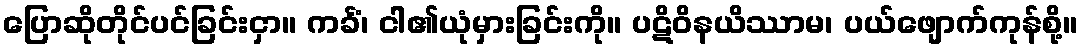
ပြောဆိုတိုင်ပင်ခြင်းငှာ။ ကင်္ခံ၊ ငါ၏ယုံမှားခြင်းကို။ ပဋိဝိနယိဿာမ၊ ပယ်ဖျောက်ကုန်စို့။